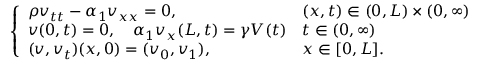
\left\{ \begin{array} { l l } { \rho v _ { t t } - \alpha _ { 1 } v _ { x x } = 0 , } & { ( x , t ) \in ( 0 , L ) \times ( 0 , \infty ) } \\ { v ( 0 , t ) = 0 , \quad \alpha _ { 1 } v _ { x } ( L , t ) = \gamma V ( t ) } & { t \in ( 0 , \infty ) } \\ { ( v , v _ { t } ) ( x , 0 ) = ( v _ { 0 } , v _ { 1 } ) , } & { x \in [ 0 , L ] . } \end{array} \right.